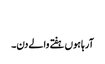
​
آرہا ہوں ہفتے والے دن۔